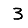
Digit: 3